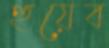
হুয়েব